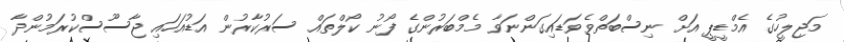
މަޖިލީހުގެ އެމްޑީޕީ އަށް ނިސްބަތްވެވަޑައިގަންނަވާ މެމްބަރުންގެ ފޯނު ކޯލްތައް ސަރުކާރުން އަޑުއަހައި ޖާސޫސްކުރަމުންދާ